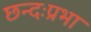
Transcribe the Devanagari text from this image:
छन्दःप्रभा